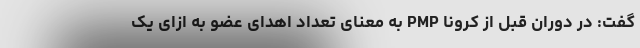
گفت: در دوران قبل از کرونا PMP به معنای تعداد اهدای عضو به ازای یک